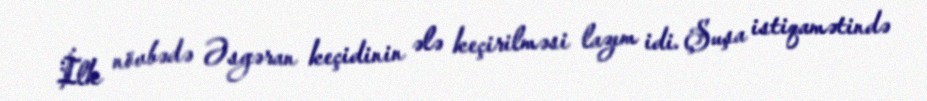
İlk növbədə Əsgəran keçidinin ələ keçirilməsi lazım idi. Şuşa istiqamətində